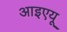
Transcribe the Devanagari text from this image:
आइएयू